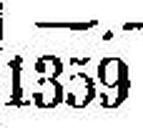
1359